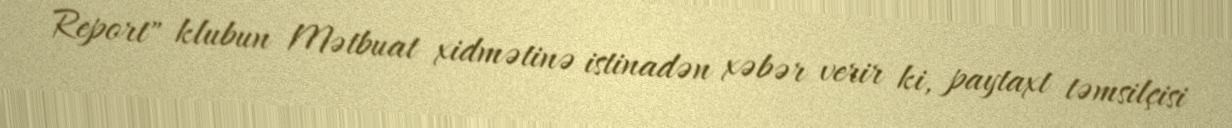
Report" klubun Mətbuat xidmətinə istinadən xəbər verir ki, paytaxt təmsilçisi